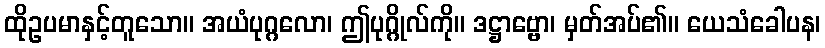
ထိုဥပမာနှင့်တူသော။ အယံပုဂ္ဂလော၊ ဤပုဂ္ဂိုလ်ကို။ ဒဋ္ဌာဗ္ဗော၊ မှတ်အပ်၏။ ယေသံခေါပန၊